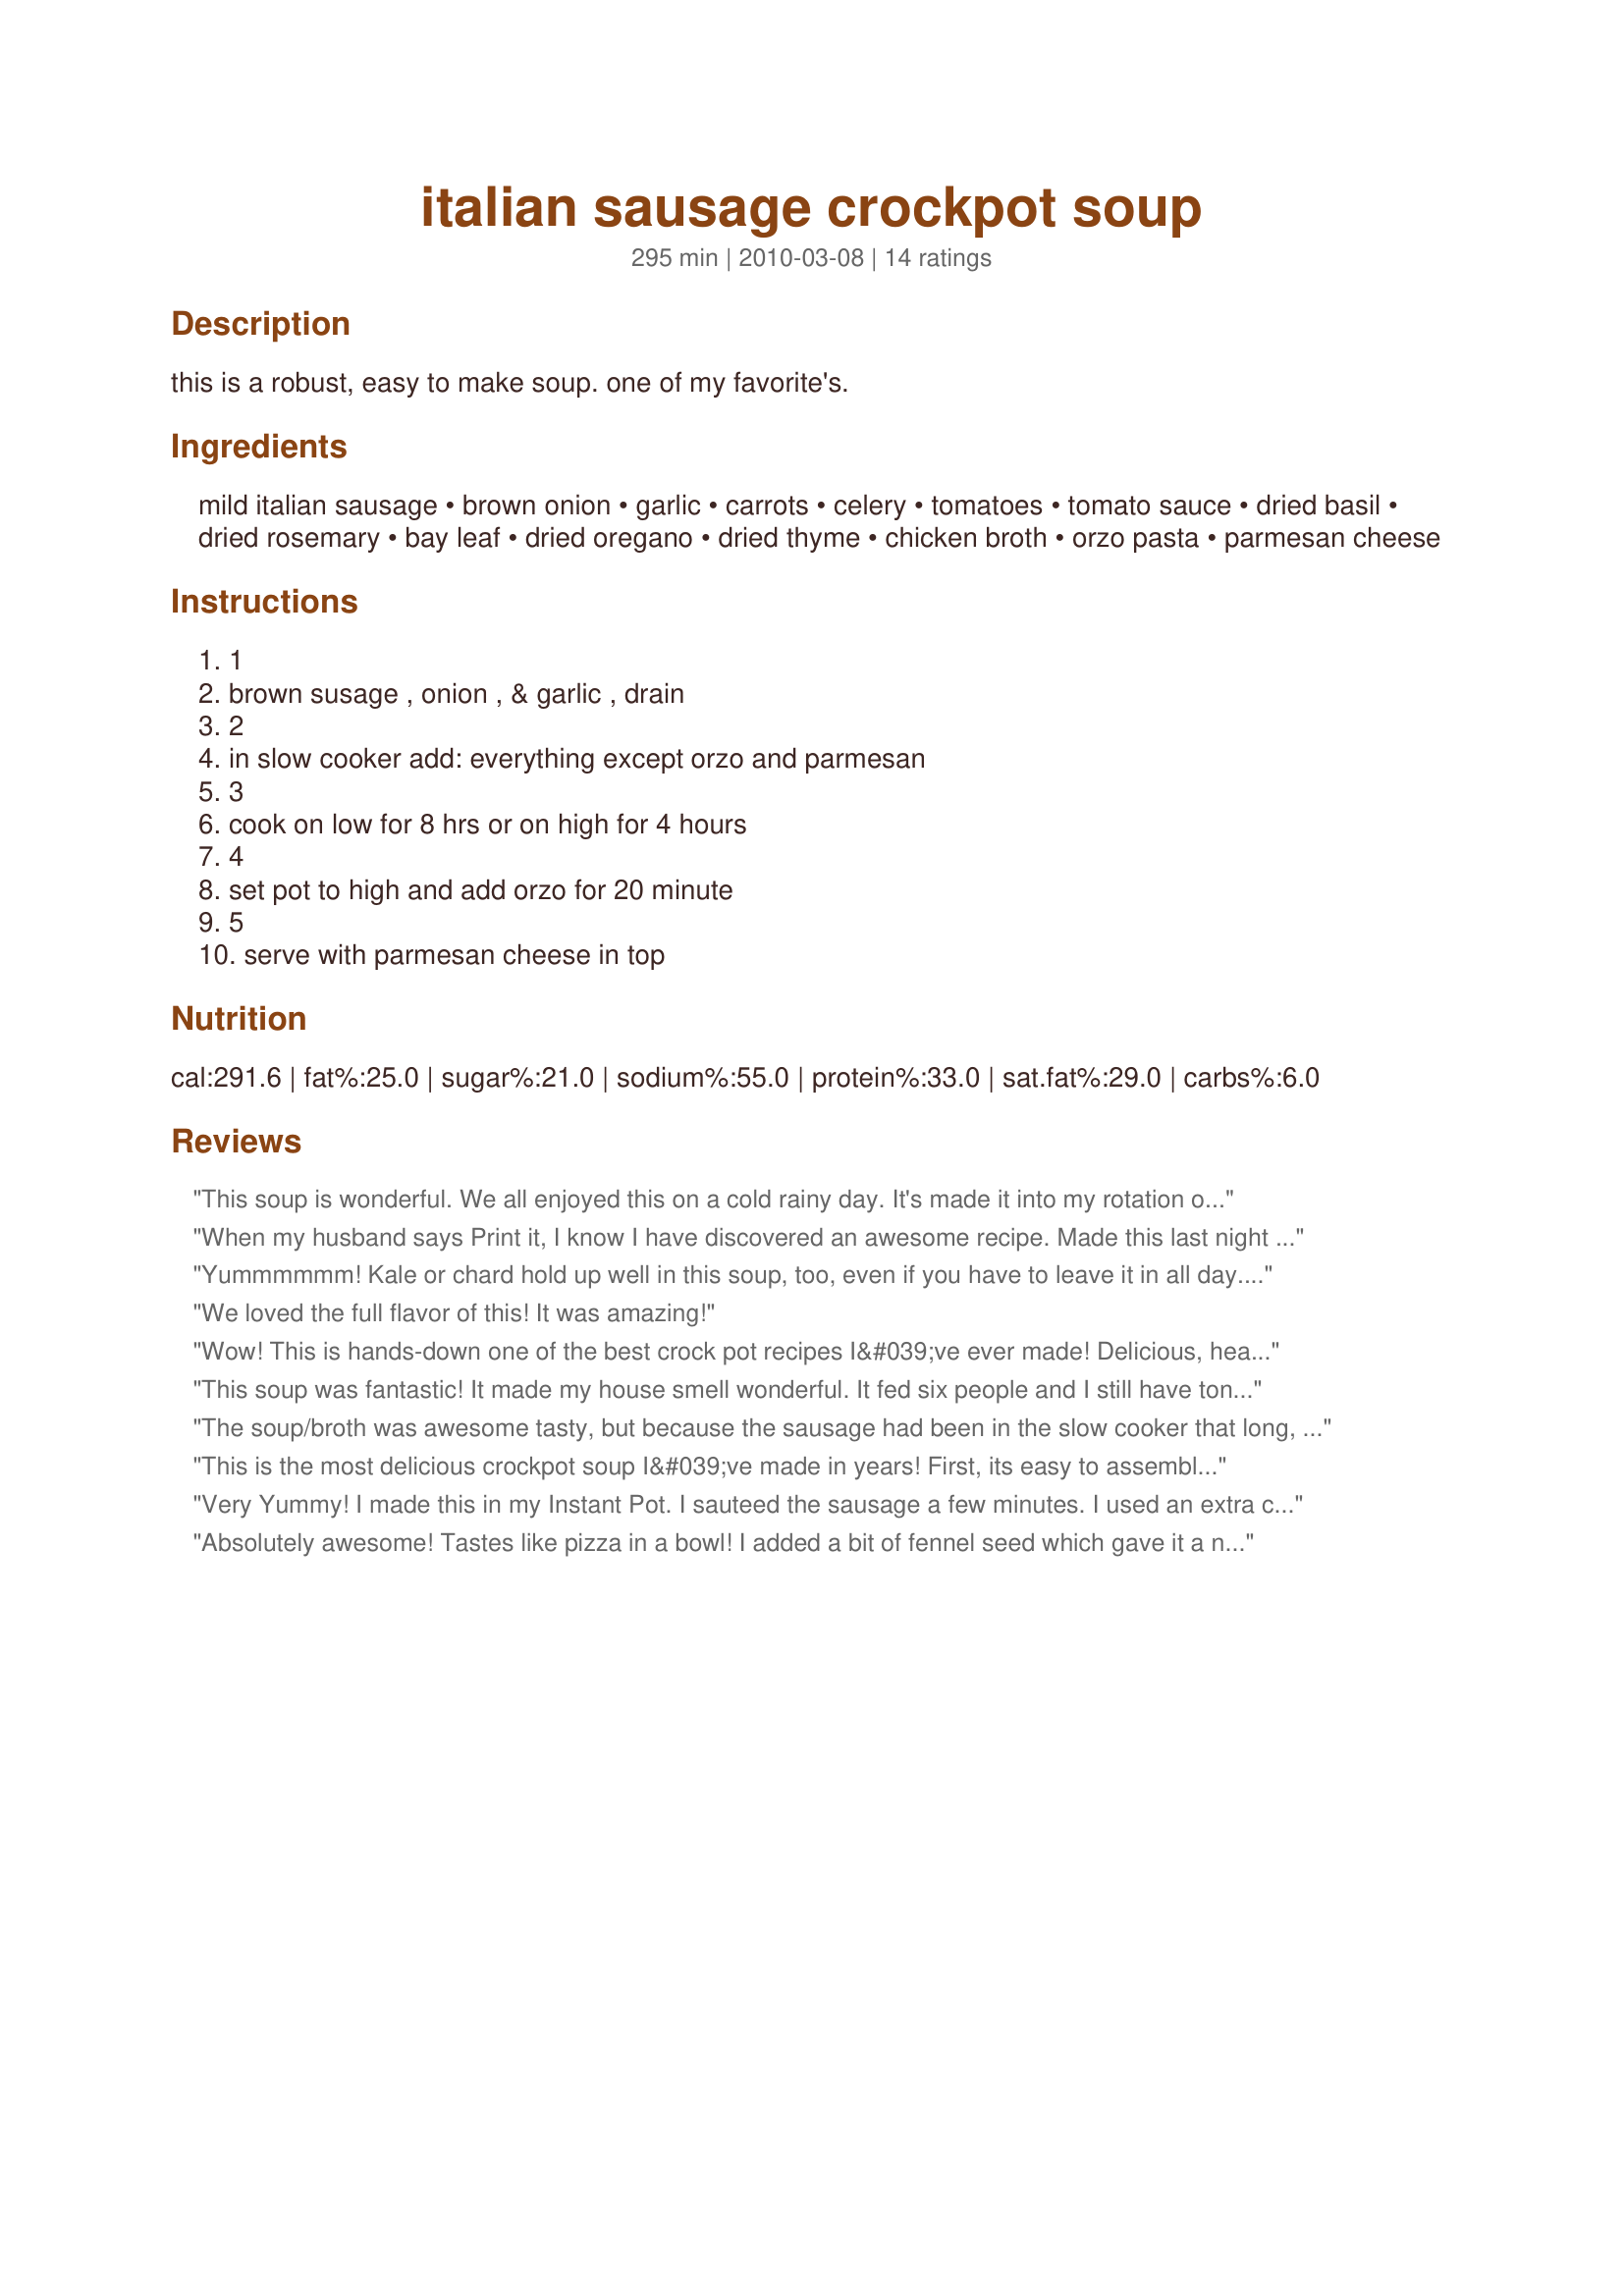
italian sausage crockpot soup
Preparation time: 295 minutes

this is a robust, easy to make soup. one of my favorite's.

Ingredients:
mild italian sausage, brown onion, garlic, carrots, celery, tomatoes, tomato sauce, dried basil, dried rosemary, bay leaf, dried oregano, dried thyme, chicken broth, orzo pasta, parmesan cheese

Steps:
1, brown susage , onion , & garlic , drain, 2, in slow cooker add: everything except orzo and parmesan, 3, cook on low for 8 hrs or on high for 4 hours, 4, set pot to high and add orzo for 20 minute, 5, serve with parmesan cheese in top

Reviews:
This soup is wonderful. We all enjoyed this on a cold rainy day. It's made it into my rotation of recipes. Thank you for posting such a hearty, filling soup.
When my husband says Print it, I know I have discovered an awesome recipe. Made this last night for my family and inlaws and was pleased with the results... I cooked it just as instructed, easy, quick and delicious. Thank you William!!
Yummmmmm! Kale or chard hold up well in this soup, too, even if you have to leave it in all day. (The spinach someone suggested would need to be stirred in at the last minute.) Instead of pasta, the second time I added cannellini beans. Wonderful!
We loved the full flavor of this! It was amazing!
Wow! This is hands-down one of the best crock pot recipes I&#039;ve ever made! Delicious, hearty, easy. So glad to have found it, thank you for sharing!
This soup was fantastic! It made my house smell wonderful. It fed six people and I still have tons of left overs. I added whole peeled tomatoes because my husband likes those and I also added mushrooms. I will make this one again!!!!
The soup/broth was awesome tasty, but because the sausage had been in the slow cooker that long, it came out a tasteless bit of sausage texture...in a tasty broth, at least. I think this recipe works better on a stove than on a slow cooker.
This is the most delicious crockpot soup I&#039;ve made in years! First, its easy to assemble and once it starts cooking the kitchen smells wonderful! Only change I made was using 2 cans of chopped Italian stewed tomatoes, with the juice, adding small, sliced portobello mushrooms and fresh baby spinach. I did not put in orzo but had rotini for those that wanted pasta. Everyone was going back for seconds and thirds! The parmesan on top makes it truly Italian! I will be making this in the next week to put up in containers for cold weather, will add white kidney beans instead of pasta. I bet it would be great over small tortellini also! Its definitely a recipe worth trying!
Very Yummy! I made this in my Instant Pot. I sauteed the sausage a few minutes. I used an extra carrot and celery stalk, diced tomatoes, and shells instead of orzo (that's what I had on hand) and added 1/2 tsp salt. I cooked it with the soup option, 4 minutes in the Instant Pot. Everyone either loved it or liked it, and my family is picky. Thanks!
Absolutely awesome! Tastes like pizza in a bowl! I added a bit of fennel seed which gave it a nice taste. I too added mushrooms which I think this soup really benefits with. Next time I am going to add some beer. Being a Chicago boy, nothing goes better with pizza than beer! I couldn't stop eating this soup.
I am so full because I could not stop eating this! I omitted half the liquid (stock mainly) and added 1.5 times as much orzo, and it came out like an Italian Jambalaya! My family loved this. I needed to do something with frozen sausage and this was the perfect recipe. Thanks!
My family loved this! I came across it too late to put it in the crock pot, so did it stove top and it was done pretty fast. I used white beans as others suggested instead of pasta and they worked great in it. The seasoning was perfect---the only different thing I did was add more garlic (3 tsp.) because we like more in general. A definite keeper!
I added mushrooms in place of the carrots, used twice the amount of orzo and replaced one of the cans of chicken stock with a 12 oz beer. The beer made it great! Delicious and easy!
Great soup, everyone loved it! Will make again!
